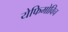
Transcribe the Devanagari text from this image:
येफिमोविच